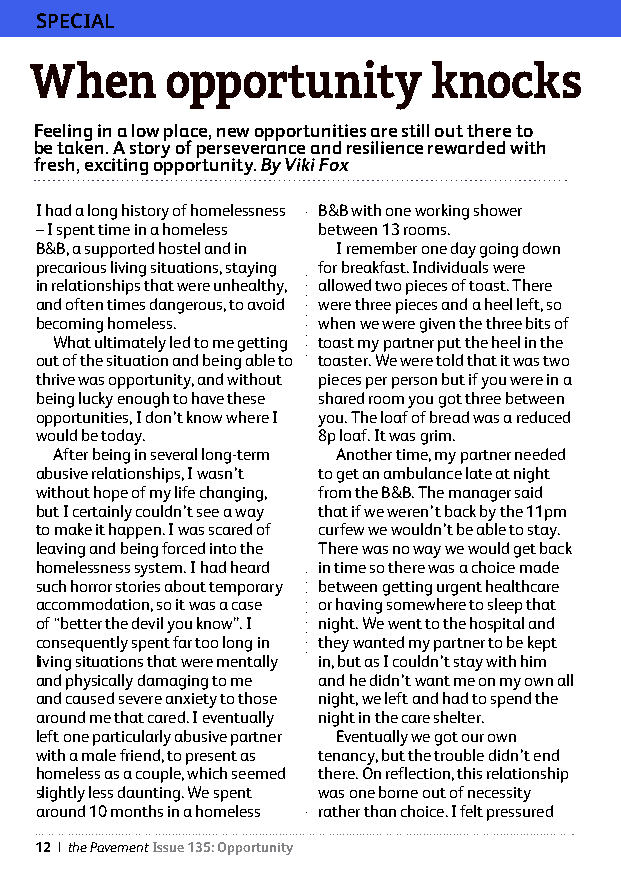
SPECIAL
 When     opportunity      knocks
 Feeling in a low place, new opportunities are still out there to
 be taken. A story of perseverance and resilience rewarded with
 fresh, exciting opportunity. By Viki Fox
 I had a long history of homelessness B&B with one working shower
 – I spent time in a homeless between 13 rooms.
 B&B, a supported hostel and in I remember one day going down
 precarious living situations, staying for breakfast. Individuals were
 in relationships that were unhealthy, allowed two pieces of toast. There
 and often times dangerous, to avoid were three pieces and a heel left, so
 becoming homeless. when we were given the three bits of
 What ultimately led to me getting toast my partner put the heel in the
 out of the situation and being able to toaster. We were told that it was two
 thrive was opportunity, and without pieces per person but if you were in a
 being lucky enough to have these shared room you got three between
 opportunities, I don’t know where I you. The loaf of bread was a reduced
 would be today.    8p loaf. It was grim.
 After being in several long-term Another time, my partner needed
 abusive relationships, I wasn’t to get an ambulance late at night
 without hope of my life changing, from the B&B. The manager said
 but I certainly couldn’t see a way that if we weren’t back by the 11pm
 to make it happen. I was scared of curfew we wouldn’t be able to stay.
 leaving and being forced into the There was no way we would get back
 homelessness system. I had heard in time so there was a choice made
 such horror stories about temporary between getting urgent healthcare
 accommodation, so it was a case or having somewhere to sleep that
 of “better the devil you know”. I night. We went to the hospital and
 consequently spent far too long in they wanted my partner to be kept
 living situations that were mentally in, but as I couldn’t stay with him
 and physically damaging to me and he didn’t want me on my own all
 and caused severe anxiety to those night, we left and had to spend the
 around me that cared. I eventually night in the care shelter.
 left one particularly abusive partner Eventually we got our own
 with a male friend, to present as tenancy, but the trouble didn’t end
 homeless as a couple, which seemed there. On reflection, this relationship
 slightly less daunting. We spent was one borne out of necessity
 around 10 months in a homeless rather than choice. I felt pressured
 12 | the Pavement Issue 135: Opportunity